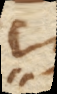
13.